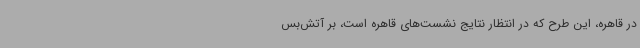
در قاهره، این طرح که در انتظار نتایج نشست‌های قاهره است، بر آتش‌بس